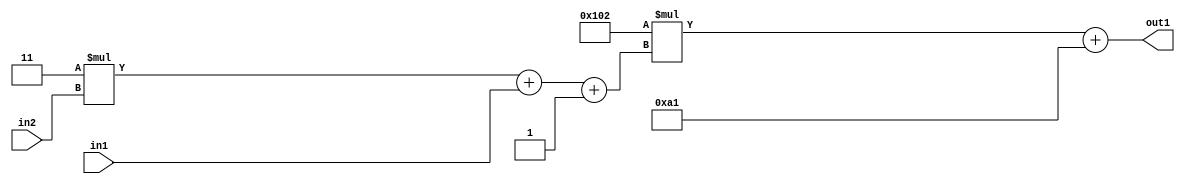
`timescale 1ps / 1ps
/*****************************************************************************
    Verilog RTL Description
    
    
    Created by: Stratus DpOpt 2019.1.01 
*******************************************************************************/

module DC_Filter_Add2i161Mul2i258Add3i1u1Mul2i3u2_4 (
	in2,
	in1,
	out1
	); /* architecture "behavioural" */ 
input [1:0] in2;
input  in1;
output [11:0] out1;
wire [11:0] asc001;
wire [3:0] asc002;

wire [3:0] asc002_tmp_0;
wire [3:0] asc002_tmp_1;
assign asc002_tmp_1 = 
	+(4'B0011 * in2);
assign asc002_tmp_0 = asc002_tmp_1
	+(in1);
assign asc002 = asc002_tmp_0
	+(4'B0001);

wire [11:0] asc001_tmp_2;
assign asc001_tmp_2 = 
	+(12'B000100000010 * asc002);
assign asc001 = asc001_tmp_2
	+(12'B000010100001);

assign out1 = asc001;
endmodule

/* CADENCE  vrTwQwo= : u9/ySgnWtBlWxVPRXgAZ4Og= ** DO NOT EDIT THIS LINE ******/